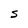
Character: S